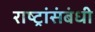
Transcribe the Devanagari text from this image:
राष्ट्रांसंबंधी